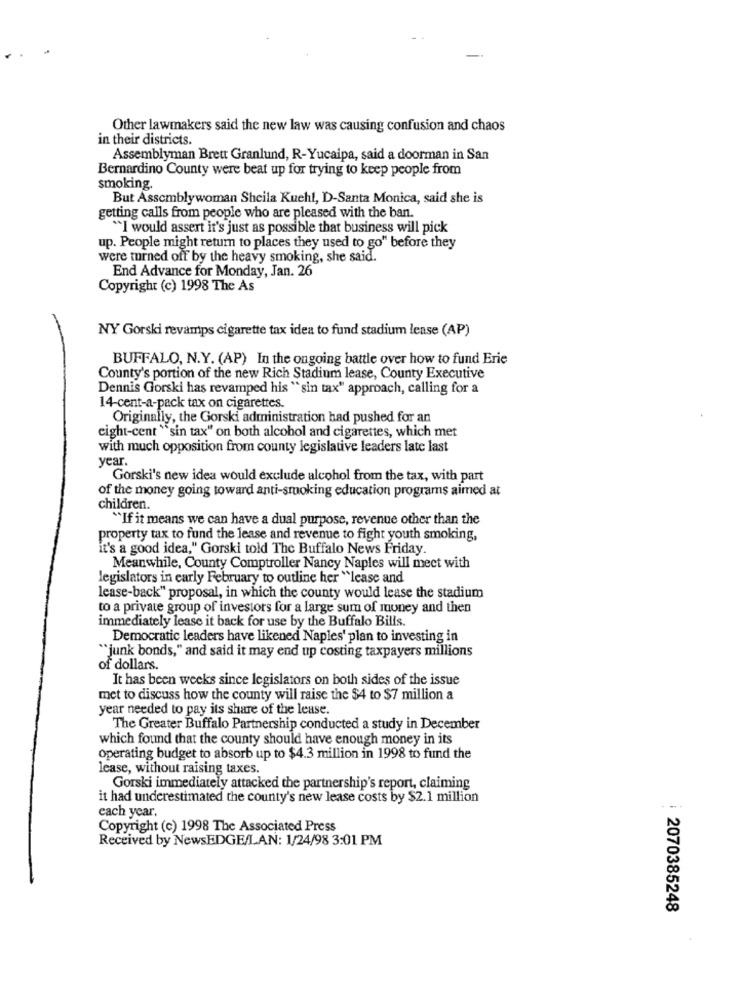
Other lawmakers said the new law was causing confusion and chaos
in their districts.
Assemblyman Brett Granlund, R-Yucaipa, said a doorman in San
Bernardino County were beat up for trying to keep people from
smoking.
But Assemblywoman Sheila Kuehl, D-Santa Monica, said she is
getting calls from people who are pleased with the ban.
`I would assert it's just as possible that business will pick
up. People might retum to places they used to go" before they
were turned off by the heavy smoking, she said.
End Advance for Monday, Jan. 26
Copyright (c) 1998 The As
NY Gorski revamps cigarette tax idea to fund stadium lease (AP)
BUFFALO, N.Y. (AP) In the ongoing battle over how to fund Erie
County's portion of the new Rich Stadium lease, County Executive
Dennis Gorski has revamped his " sin tax" approach, calling for a
14-cent-a-pack tax on cigarettes.
Originally, the Gorski administration had pushed for an
eight-cent "sin tax" on both alcohol and cigarettes, which met
with much opposition from county legislative leaders late last
year.
Gorski's new idea would exclude alcohol from the tax, with part
of the money going toward anti-smoking education programs aimed at
children.
"If it means we can have a dual purpose, revenue other than the
property tax to fund the lease and revenue to fight youth smoking,
it's a good idea," Gorski told The Buffalo News Friday.
Meanwhile, County Comptroller Nancy Naples will meet with
legislators in early February to outline her "lease and
lease-back" proposal, in which the county would lease the stadium
to a private group of investors for a large sum of money and then
immediately lease it back for use by the Buffalo Bills.
Democratic leaders have likened Naples' plan to investing in
"junk bonds," and said it may end up costing taxpayers millions
of dollars.
It has been weeks since legislators on both sides of the issue
met to discuss how the county will raise the $4 to $7 million a
year needed to pay its share of the lease.
The Greater Buffalo Partnership conducted a study in December
which found that the county should have enough money in its
operating budget to absorb up to $4.3 million in 1998 to fund the
lease, without raising taxes.
Gorski immediately attacked the partnership's report, claiming
it had underestimated the county's new lease costs by $2.1 million
each year.
Copyright (c) 1998 The Associated Press
Received by NewsEDGE/LAN: 1/24/98 3:01 PM
2070385248